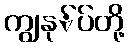
ကျွနု်ပ်တို့